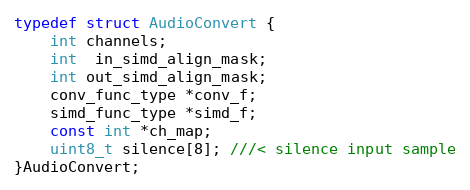
Language: C
typedef struct AudioConvert {
    int channels;
    int  in_simd_align_mask;
    int out_simd_align_mask;
    conv_func_type *conv_f;
    simd_func_type *simd_f;
    const int *ch_map;
    uint8_t silence[8]; ///< silence input sample
}AudioConvert;